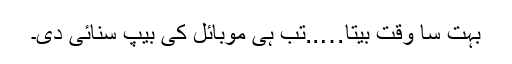
بہت سا وقت بیتا…..تب ہی موبائل کی بیپ سنائی دی۔